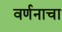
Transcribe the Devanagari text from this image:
वर्णनाचा